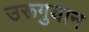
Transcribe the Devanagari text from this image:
उरूगुयान